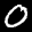
Label: 0